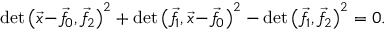
\operatorname* { d e t } { \left( { \vec { x } } \! - \! { \vec { f } } \! _ { 0 } , { \vec { f } } \! _ { 2 } \right) ^ { 2 } } + \operatorname* { d e t } { \left( { \vec { f } } \! _ { 1 } , { \vec { x } } \! - \! { \vec { f } } \! _ { 0 } \right) ^ { 2 } } - \operatorname* { d e t } { \left( { \vec { f } } \! _ { 1 } , { \vec { f } } \! _ { 2 } \right) ^ { 2 } } = 0 .